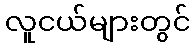
လူငယ်များတွင်